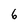
Character: 6